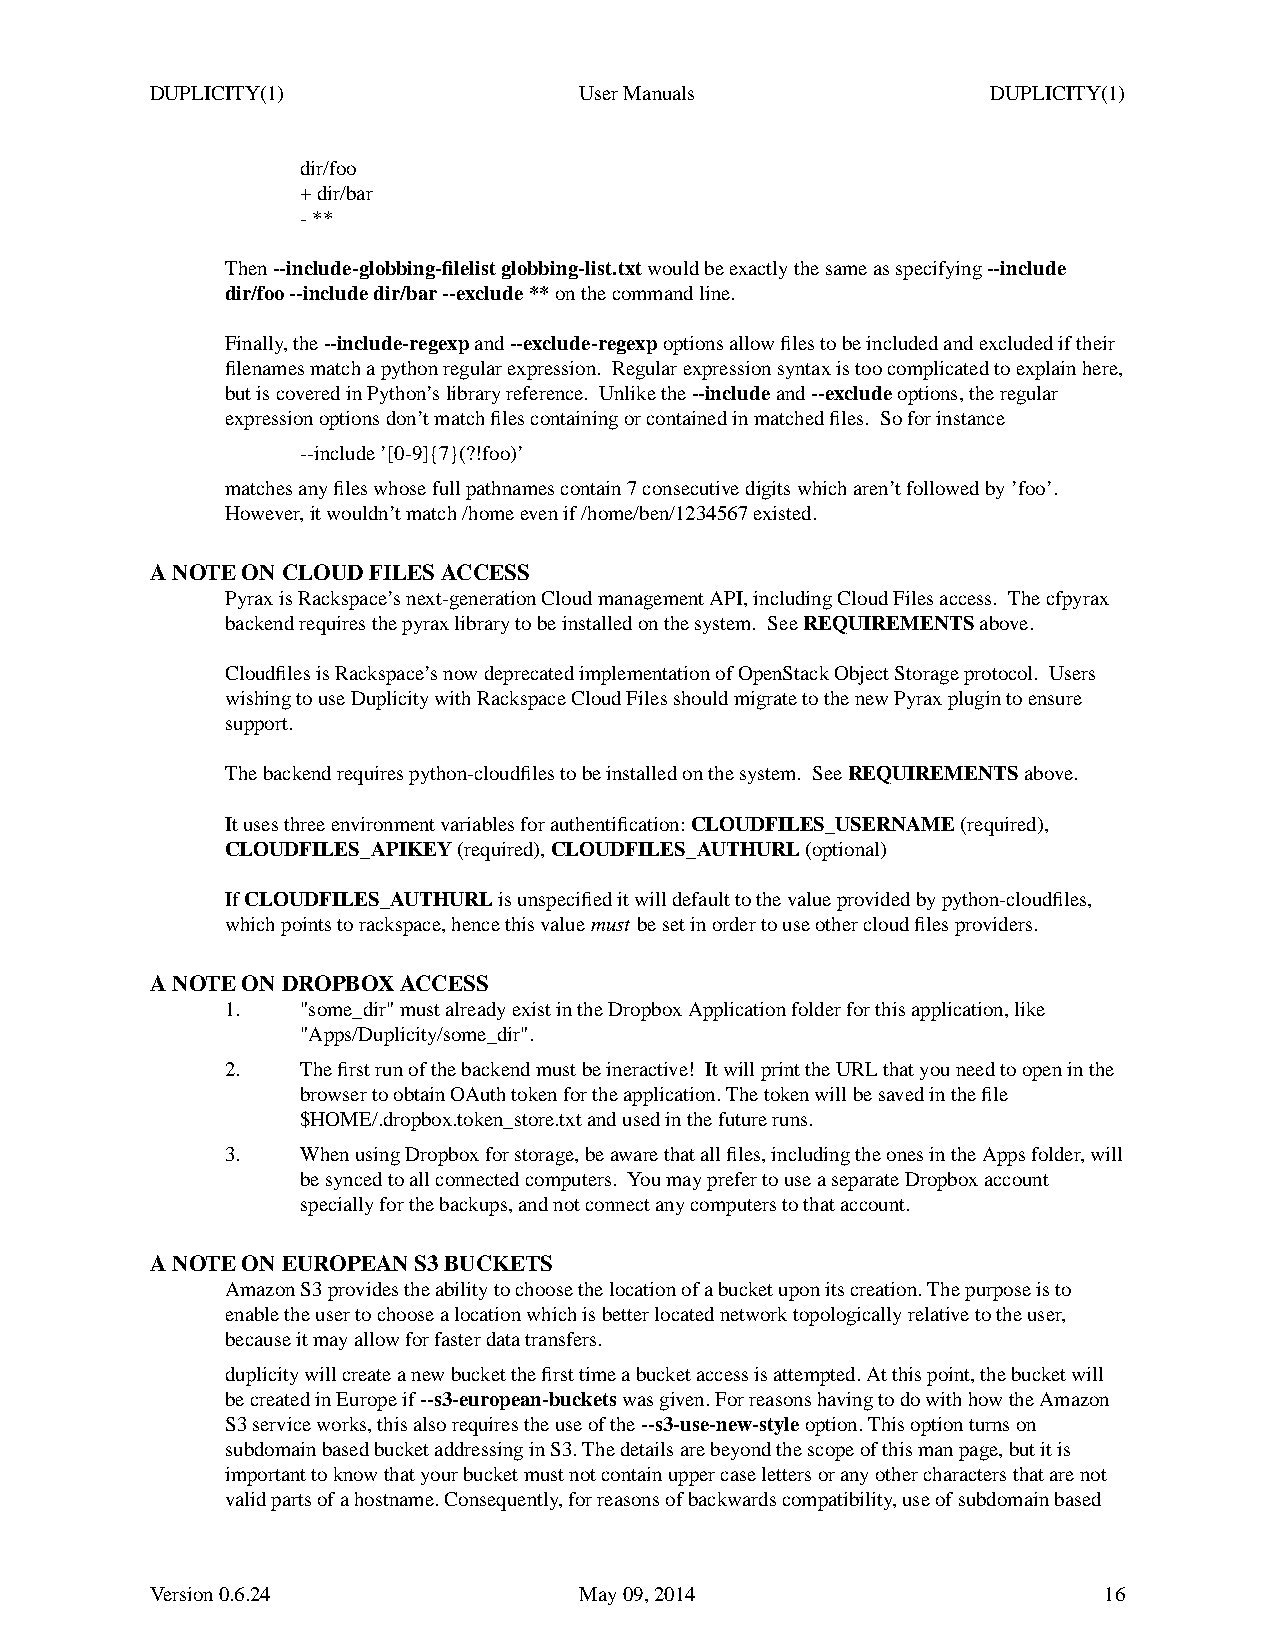
DUPLICITY(1)                UserManuals                 DUPLICITY(1)
 dir/foo
 +dir/bar
 -**
 Then--include-globbing-filelist globbing-list.txtwould be exactly the same as specifying--include
 dir/foo --include dir/bar --exclude **on the command line.
 Finally,the--include-regexpand--exclude-regexpoptions allowfiles to be included and excluded if their
 filenames match a python regular expression. Regular expression syntax is too complicated to explain here,
 butiscovered in Python’slibrary reference. Unlikethe--includeand--excludeoptions, the regular
 expression options don’tmatch files containing or contained in matched files. So for instance
 --include ’[0-9]{7}(?!foo)’
 matches anyfiles whose full pathnames contain 7 consecutive digits which aren’tfollowed by ’foo’.
 However, itwouldn’tmatch /home evenif/home/ben/1234567 existed.
 ANOTEONCLOUD  FILES ACCESS
 Pyrax is Rackspace’snext-generation Cloud management API, including Cloud Files access. The cfpyrax
 backend requires the pyrax library to be installed on the system. SeeREQUIREMENTSabove.
 Cloudfiles is Rackspace’snow deprecated implementation of OpenStack Object Storage protocol. Users
 wishing to use Duplicity with Rackspace Cloud Files should migrate to the newPyrax plugin to ensure
 support.
 The backend requires python-cloudfiles to be installed on the system. SeeREQUIREMENTSabove.
 It uses three environment variables for authentification:CLOUDFILES_USERNAME(required),
 CLOUDFILES_APIKEY(required),CLOUDFILES_AUTHURL(optional)
 IfCLOUDFILES_AUTHURLis unspecified it will default to the value provided by python-cloudfiles,
 which points to rackspace, hence this valuemust be set in order to use other cloud files providers.
 ANOTEONDROPBOXACCESS
 1.   "some_dir" must already exist in the Dropbox Application folder for this application, like
 "Apps/Duplicity/some_dir".
 2.   The first run of the backend must be ineractive! Itwill print the URL that you need to open in the
 browser to obtain OAuth token for the application. The token will be savedinthe file
 $HOME/.dropbox.token_store.txt and used in the future runs.
 3.   When using Dropbox for storage, be aware that all files, including the ones in the Apps folder,will
 be synced to all connected computers. Youmay prefer to use a separate Dropbox account
 specially for the backups, and not connect anycomputers to that account.
 ANOTEONEUROPEAN  S3 BUCKETS
 Amazon S3 provides the ability to choose the location of a bucket upon its creation. The purpose is to
 enable the user to choose a location which is better located network topologically relative tothe user,
 because it may allowfor faster data transfers.
 duplicity will create a newbucket the first time a bucket access is attempted. At this point, the bucket will
 be created in Europe if--s3-european-bucketswasgiv en. For reasons having to do with howthe Amazon
 S3 service works, this also requires the use of the--s3-use-new-styleoption. This option turns on
 subdomain based bucket addressing in S3. The details are beyond the scope of this man page, but it is
 important to knowthat your bucket must not contain upper case letters or anyother characters that are not
 valid parts of a hostname. Consequently,for reasons of backwards compatibility,use of subdomain based
 Version 0.6.24              May 09, 2014                       16